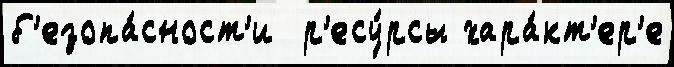
б'езопа́сност'и  р'есу́рсы хара́кт'ер'е